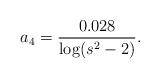
LaTeX: \begin{align*}a_4 = \frac{0.028}{\log(s^2-2)}.\end{align*}